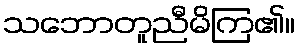
သဘောတူညီမိကြ၏။